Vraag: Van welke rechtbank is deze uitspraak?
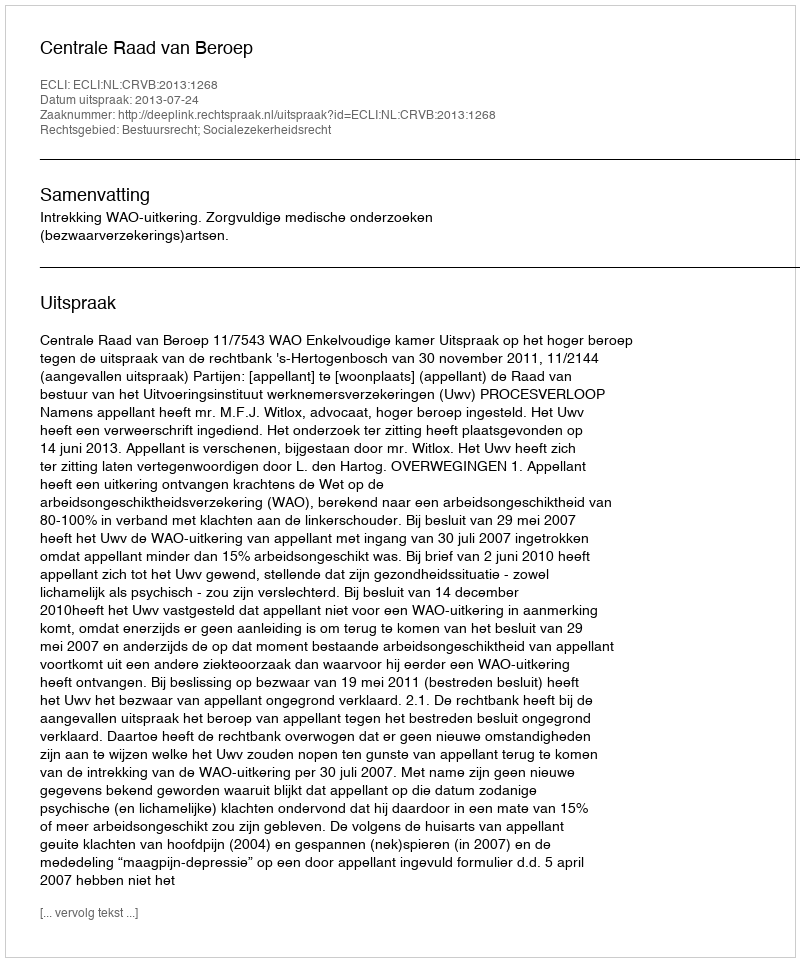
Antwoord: Centrale Raad van Beroep